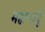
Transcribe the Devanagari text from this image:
महानउर्दू